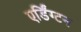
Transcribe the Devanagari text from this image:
एर्डिंग्टन